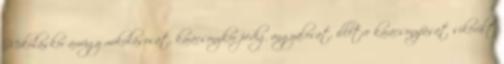
Mikuláskor amúgy mikulásosat, karácsonykor pedig angyalosat, illetve karácsonyfásat sikerült